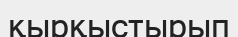
қырқыстырып